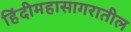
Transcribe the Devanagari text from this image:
हिंदीमहासागरातील